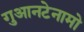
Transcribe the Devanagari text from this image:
गुआनटेनामो